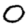
Digit: 0